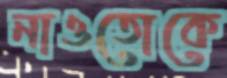
নাওতোকে